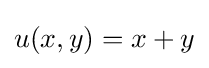
u(x,y)=x+y